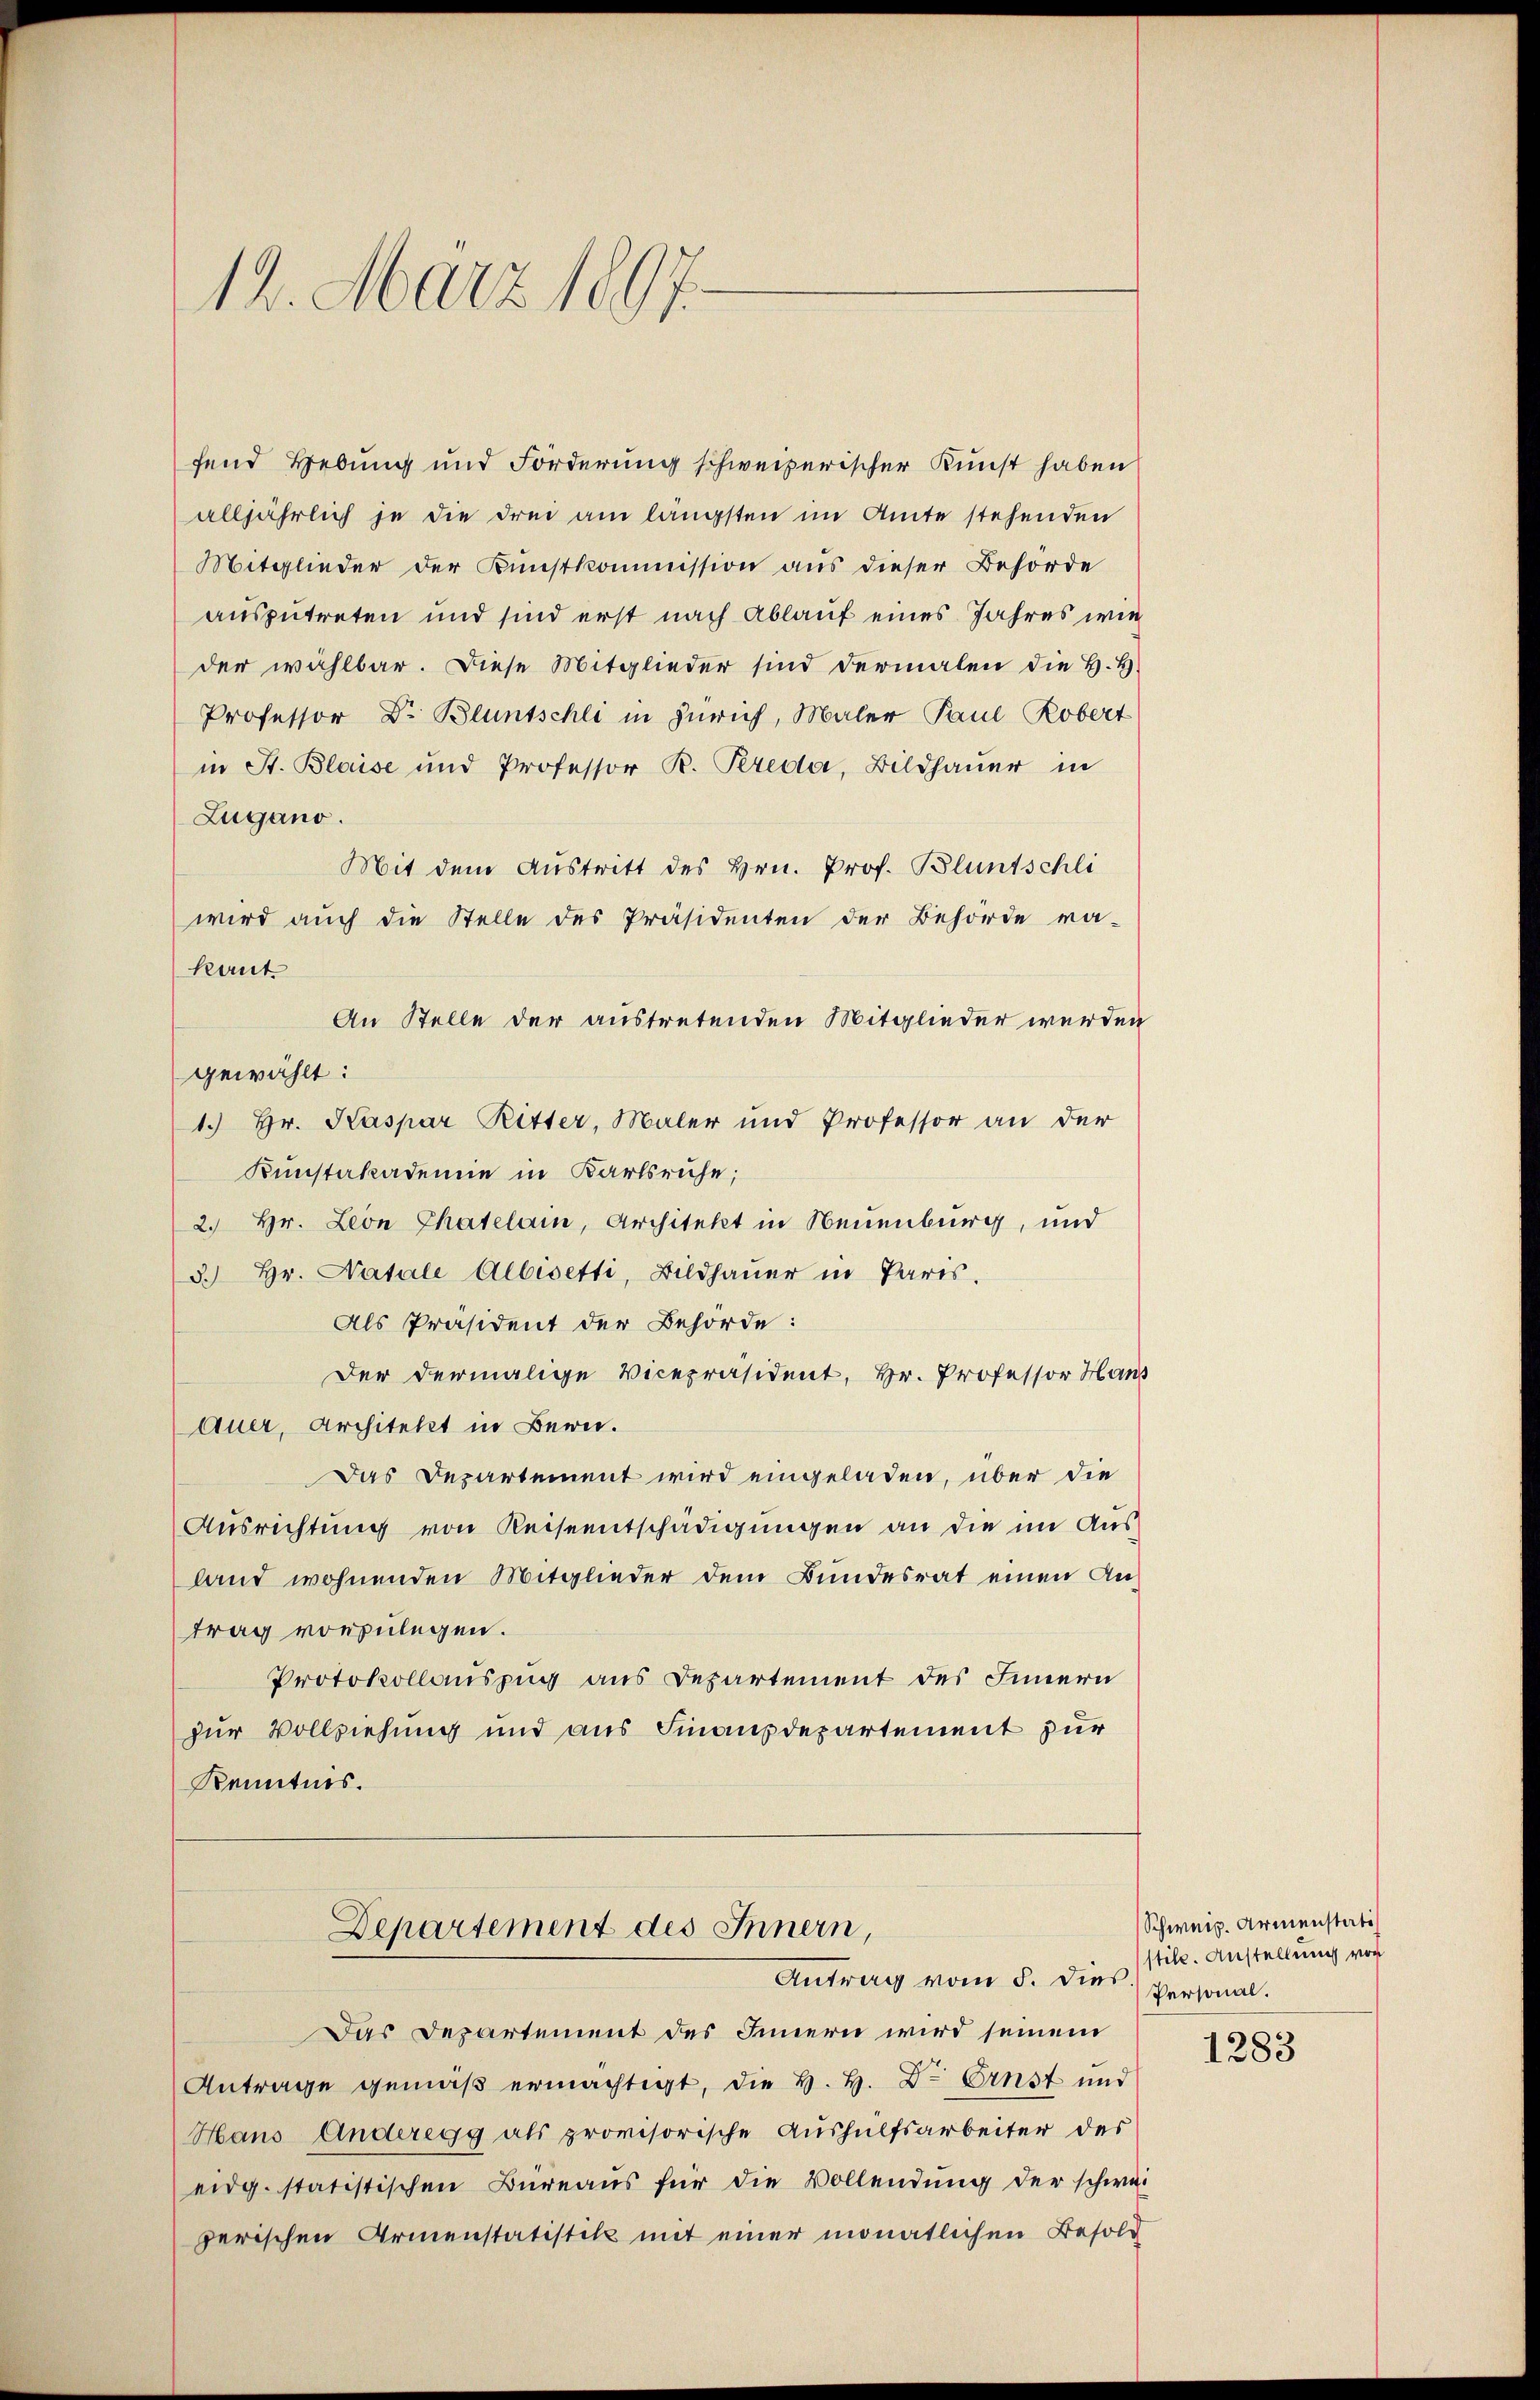
12. März 1897.

fend Hebung und Forderung schweizerischer Kunst haben
alljährlich je die drei am längsten im Amte stehenden
Mitglieder der Kunstkommission aus dieser Behörde
auszutreten und sind erst nach Ablauf eines Jahres wie
der wählbar. Diese Mitglieder sind dermalen die H. H.
Professor Dr. Bluntschli in Zürich, Maler Paul Robert
in St. Blaise und Professor R. Pereda, Bildhaŭer in
Zugano.
Mit dem Austritt des Hrn. Prof. Bluntschli
wird auch die Stelle des Präsidenten der Behörde ra-
Kaut
An Stelle der austretenden Mitglieder werden
gewählt:
1. Hr. Kaspar Ritter, Maler und Professor an der
Kunstakademie in Karlsruhe;
2. Hr. Leon Chatelai, Architekt in Neuenburg, und
3.) Hr. Natale Albisetti, Bildhauer in Paris.
Als Präsident der Behörde:
Der dermalige Vicepräsident, Hr. Professor Haus
Auer, Architekt in Bern.
Das Departement wird eingeladen, über die
Ausrichtung von Reiseentschädigungen an die im Aus-
land wohnenden Mitglieder dem Bundesrat einen An-
trag vorzulegen.
Protokollauszug aus Departement des Innern
zur Vollziehung und aus Finanzdepartement zur
Kenntnis.
Departement des Innern,
Antrag vom 5. dies
Das Departement des Innern wird seinem
Antrage gemäβ ermächtigt, die H. H. Dr Ernst und
Hans Anderegg als provisorische Aushülfsarbeiter des
eidg. statistischen Büreaus für die Vollendung der schwei
zerischen Armenstatistik mit einer monatlichen Besold

Schweiz. Armenstati
still. Anstellung von
Personal.

1283